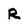
Character: R